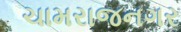
ચામરાજનગર